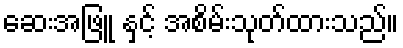
ဆေးအဖြူ နှင့် အစိမ်းသုတ်ထားသည်။